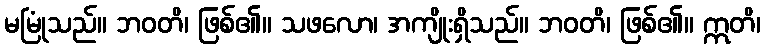
မမြုံသည်။ ဘဝတိ၊ ဖြစ်၏။ သဖလော၊ အကျိုးရှိသည်။ ဘဝတိ၊ ဖြစ်၏။ ဣတိ၊